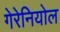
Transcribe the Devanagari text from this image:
गेरेनियोल